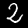
Label: 2